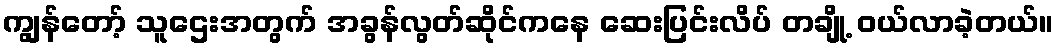
ကျွန်တော့် သူဌေးအတွက် အခွန်လွတ်ဆိုင်ကနေ ဆေးပြင်းလိပ် တချို့ ဝယ်လာခဲ့တယ်။